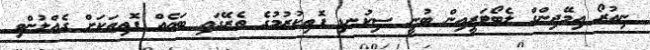
ނިއުރޯ އިމޭޖިންގް ލެބޯޓަރީއިން ބުނީ ސިކުނޑި ފޮތިކުރުމުގެ ތެރޭގައި ބައެއް ފޮތިތަކަށް ގެއްލުންވި